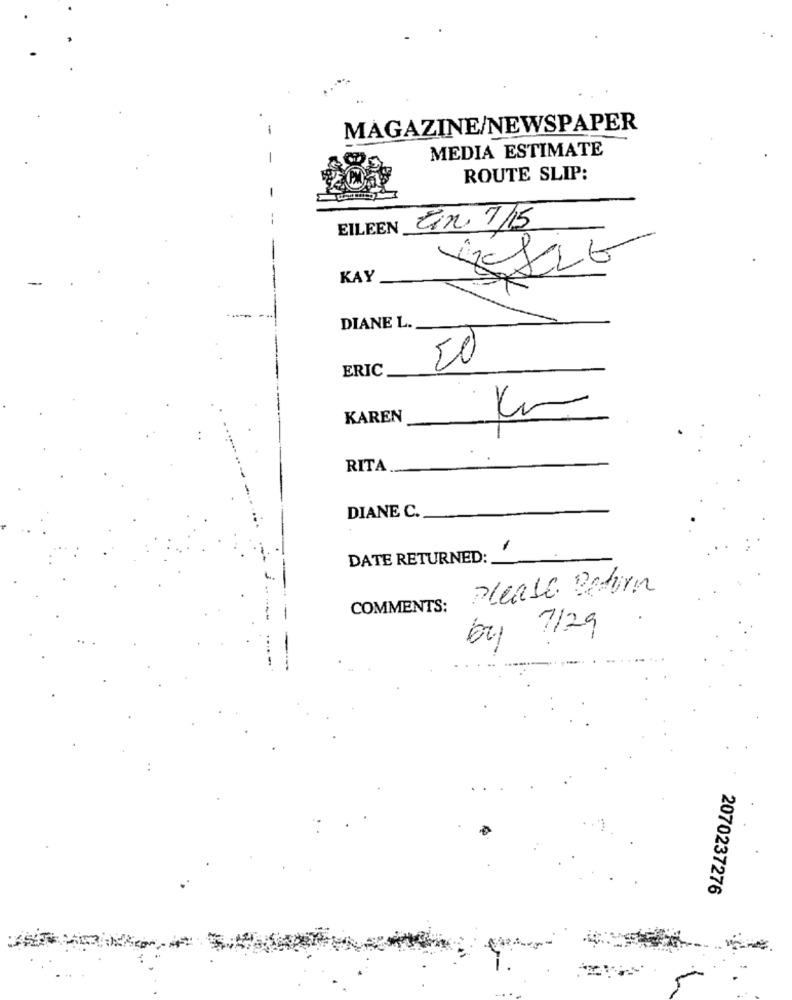
MAGAZINE/NEWSPAPER
MEDIA ESTIMATE
ROUTE SLIP:
EILEEN
Ein 7/15
KAY
DIANE L.
20
ERIC
KAREN
RITA
DIANE C.
DATE RETURNED:
Please Return
COMMENTS:
by 7/29
2070237276